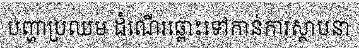
បញ្ហាប្រឈម ដំណើរឆ្ពោះទៅកាន់ការស្ថាបនា